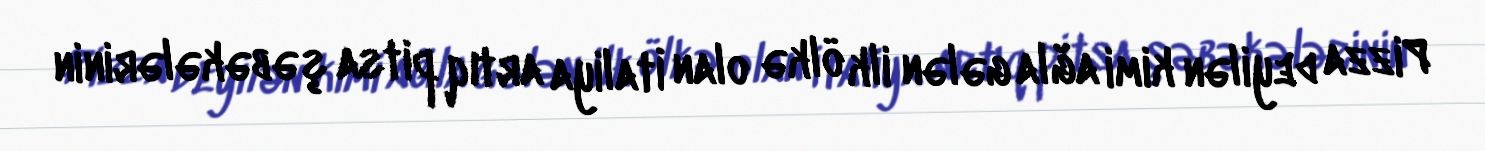
Pizza deyilən kimi ağla gələn ilk ölkə olan İtaliya artıq pitsa şəbəkələrinin